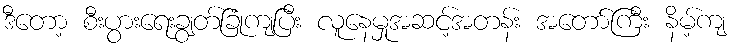
ဒီတော့ စီးပွားရေးချွတ်ခြုံကျပြီး လူနေမှုအဆင့်အတန်း အတော်ကြီး နိမ့်ကျ